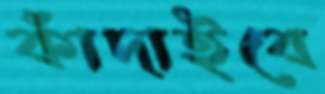
কাঁদাইবে